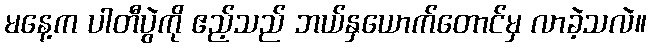
မနေ့က ပါတီပွဲကို ဧည့်သည် ဘယ်နှယောက်တောင်မှ လာခဲ့သလဲ။